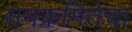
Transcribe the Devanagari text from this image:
समक्रमितेचा